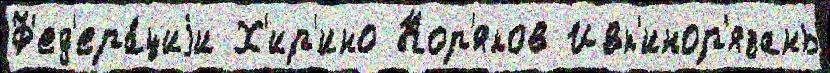
Ф'ед'ера́циjи Х'ир'ино Кор'яков Ивк'инор'язань